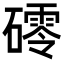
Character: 𥖟